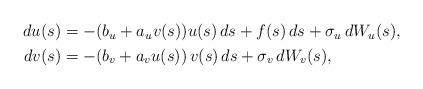
LaTeX: \begin{align*}\begin{aligned} du(s) & = -(b_u+ a_u v(s)) u(s) \, ds + f(s) \, ds+ \sigma_u \, dW_u(s) , \\dv(s) &= -(b_v+a_v u(s)) \, v(s) \, ds + \sigma_v \, dW_v(s),\end{aligned}\end{align*}